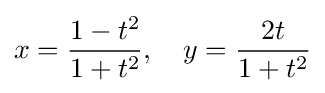
x={\frac {1-t^{2}}{1+t^{2}}},\quad y={\frac {2t}{1+t^{2}}}